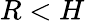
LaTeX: R<H